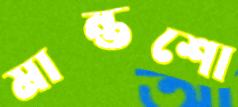
মান্তশো